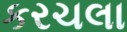
કરચલા